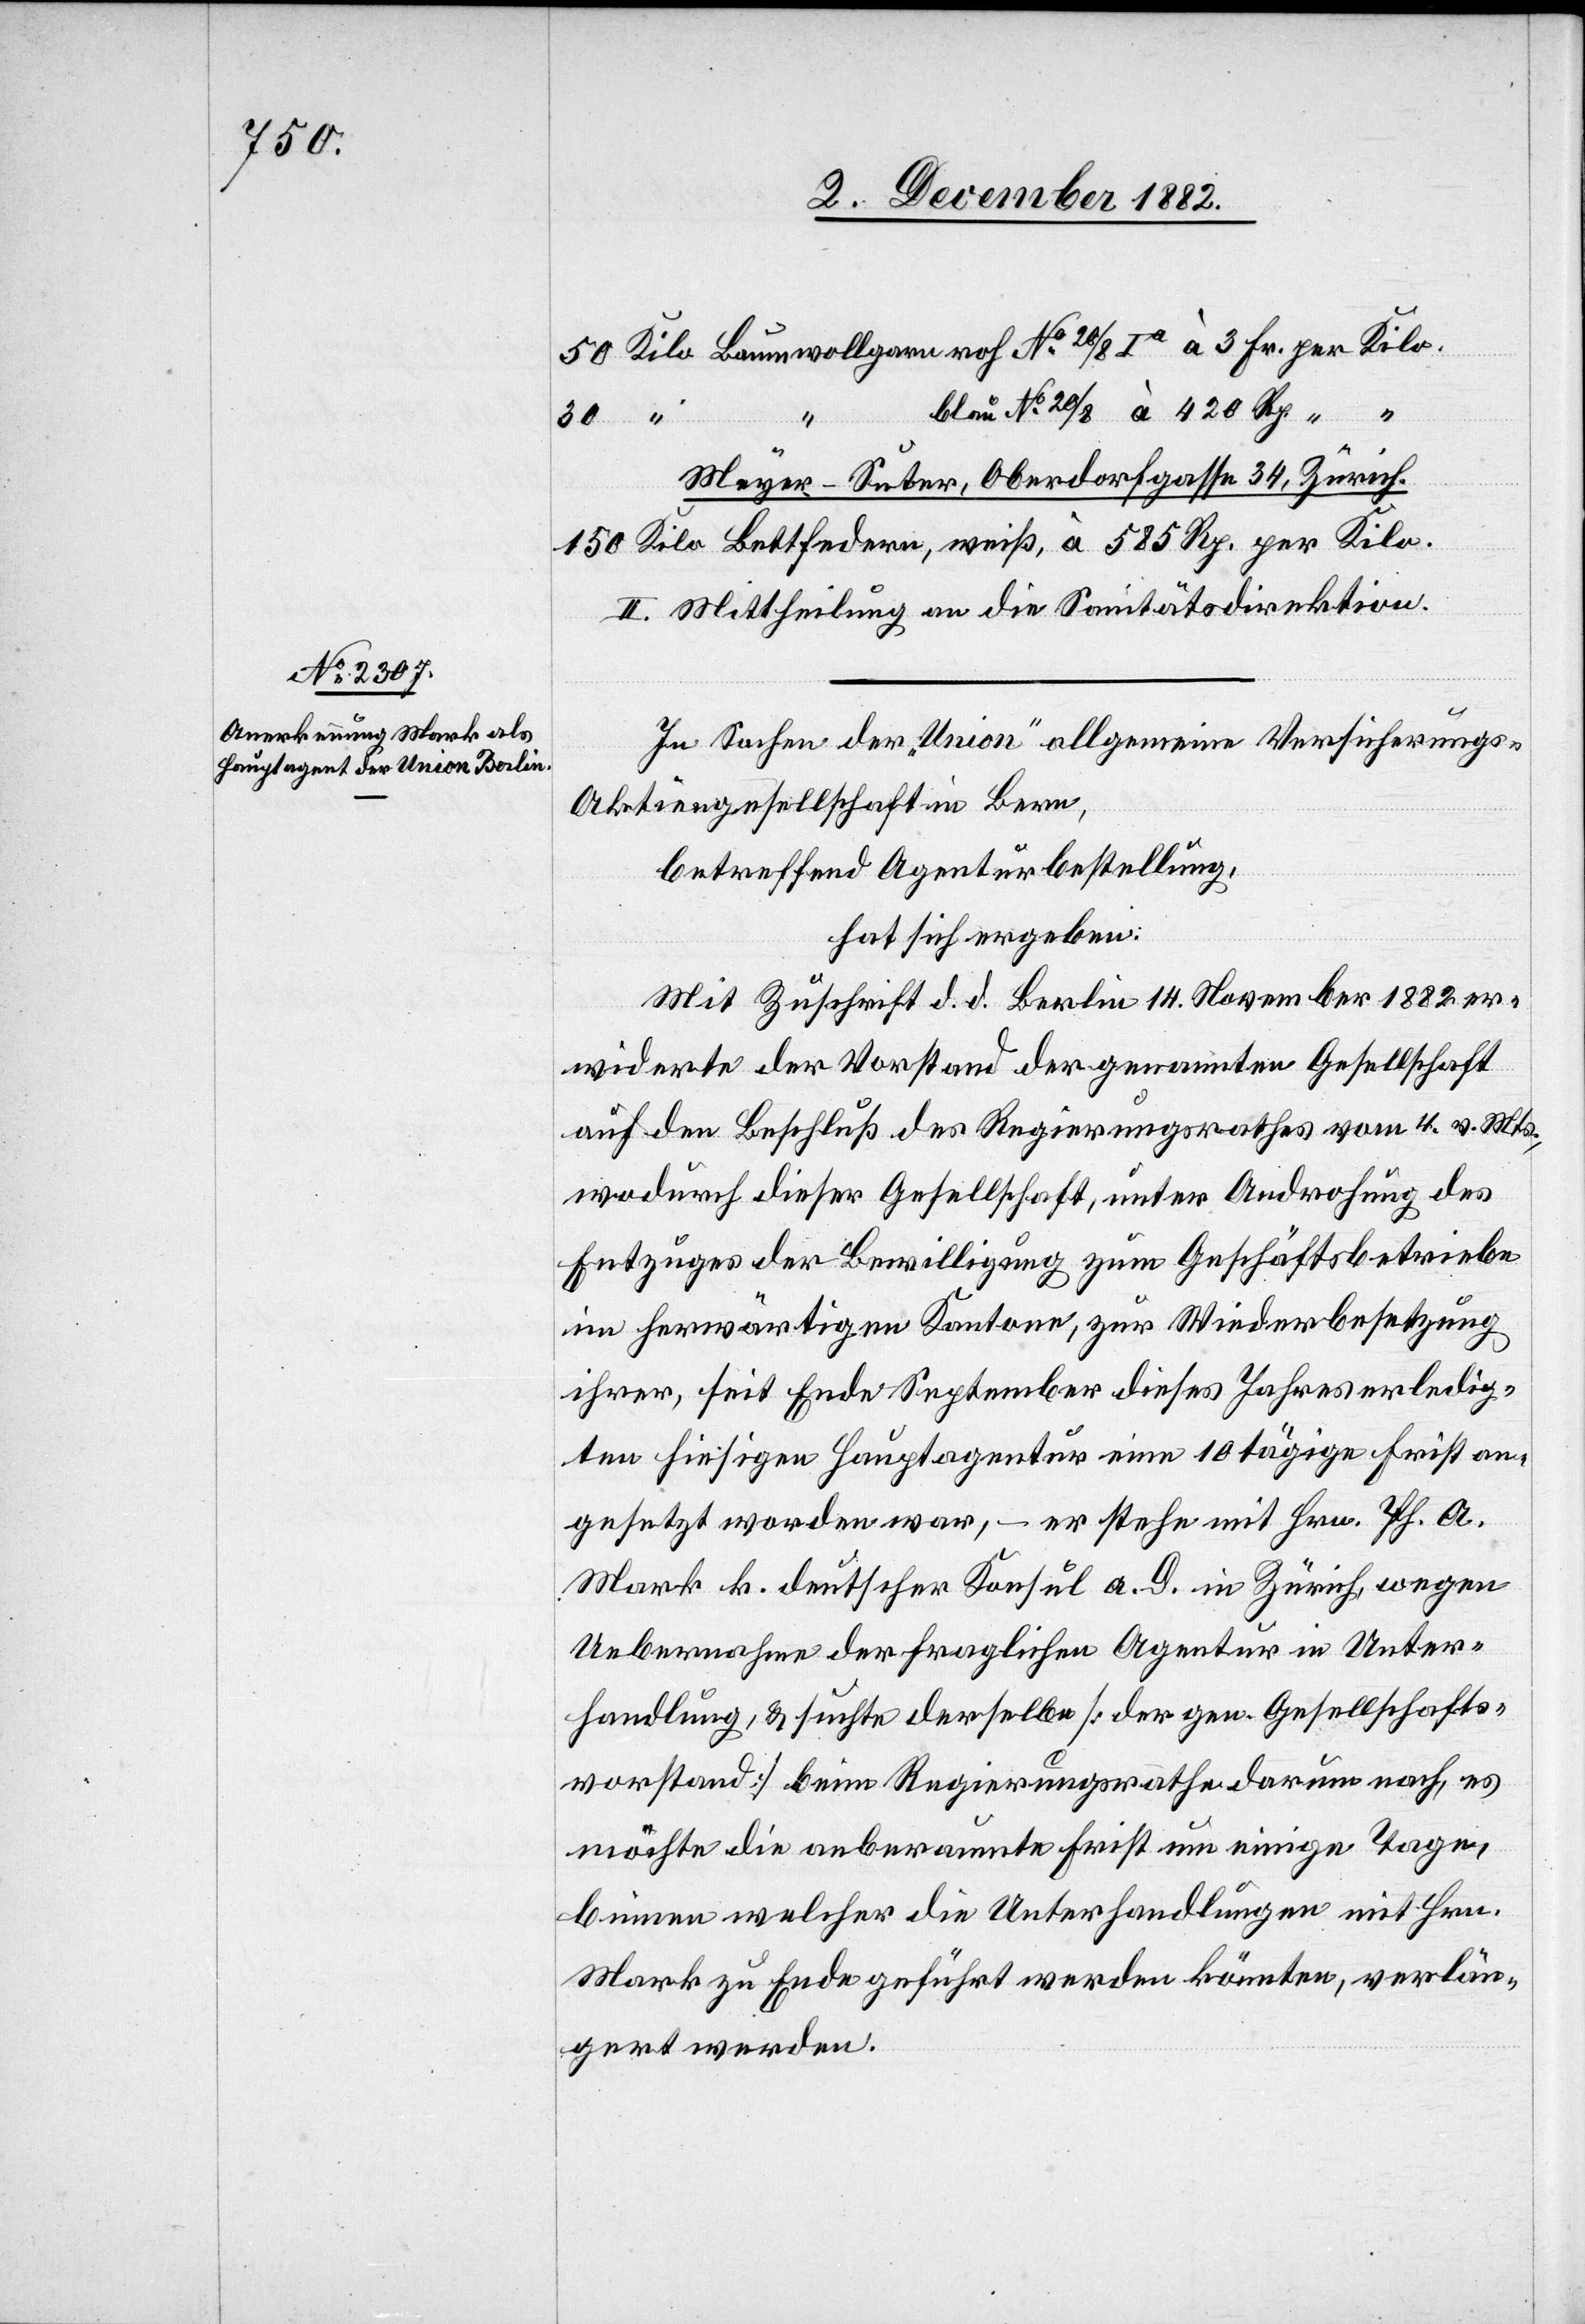
150

585
Meyer-Suter, Oberdorfgasse 34, Zürich.
II. Mittheilung an die Sanitätsdirektion.
In Sachen der „Union“ allgemeine Versicherungs-A¬
ktiengesellschaft in Bern
betreffend Agenturbestellung,
hat sich ergeben:
Mit Zuschrift d. d. Berlin 14. November 1882 er¬
widerte der Vorstand der genannten Gesellschaft
auf den Beschluß des Regierungsrathes vom 4. vor. Mts.,
wodurch dieser Gesellschaft, unter Androhung des
Entzuges der Bewilligung zum Geschäftsbetriebe
im herwärtigen Kantone, zur Wiederbesetzung
ihrer, seit Ende September dieses Jahres erledig¬
ten hiesigen Hauptagentur eine 10tägige Frist an¬
gesetzt worden war, – er stehe mit Hrn. Ph. A.
Mark k. deutscher Konsul a. D. in Zürich, wegen
Uebernahme der fraglichen Agentur in Unter¬
handlung, & suchte derselbe [der gen. Gesellschafts¬
vorstand] beim Regierungsrathe darum nach, es
möchte die anberaumte Frist um einige Tage,
binnen welcher die Unterhandlungen mit Hrn.
Mark zu Ende geführt werden könnten, verlän¬
gert werden.